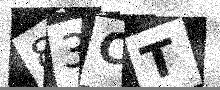
Text: 83CT